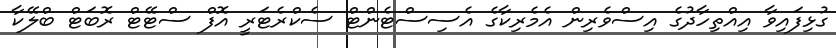
ގުޅިފައިވާ އިއްތިހާދުގެ އިސްވެރިން އެމެރިކާގެ އެސިސްޓެންޓް ސެކްރެޓަރީ އޮފް ސްޓޭޓް ރޮބަޓް ބްލޭކާ